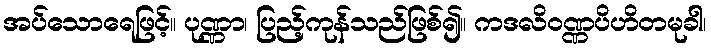
အပ်သောရေဖြင့်။ ပုဏ္ဏာ၊ ပြည့်ကုန်သည်ဖြစ်၍။ ကဒလိဝဏ္ဏပိဟိတမုခါ၊